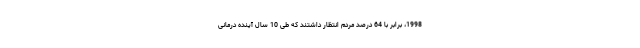
1998، برابر با 64 درصد مردم انتظار داشتند که طی 10 سال آینده درمانی